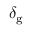
\delta _ { \mathrm { g } }